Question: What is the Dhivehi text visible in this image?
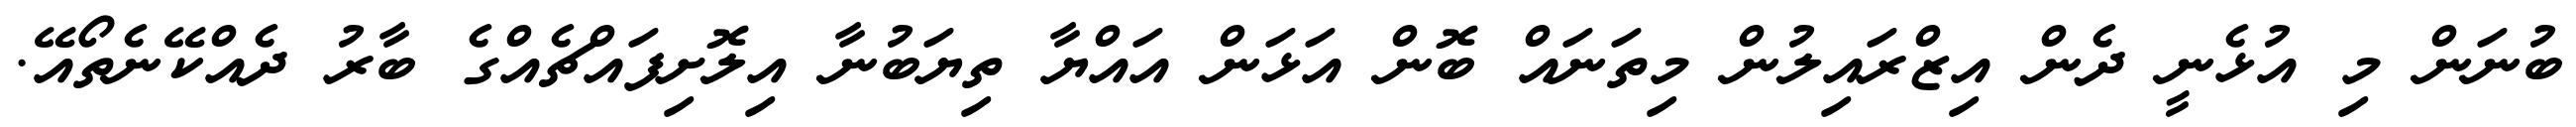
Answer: ބުނަން މި އުޅެނީ ދެން އިޒްރައިލުން މިތަނައް ބޮން އަޅަން އައްޔާ ތިޔަބުނާ އިލޮށިފައްޗެއްގެ ބާރު ދެއްކޭނެތޯއޭ.